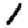
Digit: 1